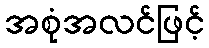
အစုံအလင်ဖြင့်